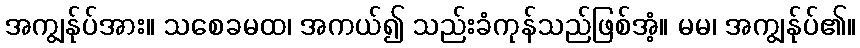
အကျွန်ုပ်အား။ သစေခမထ၊ အကယ်၍ သည်းခံကုန်သည်ဖြစ်အံ့။ မမ၊ အကျွန်ုပ်၏။